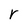
Character: r